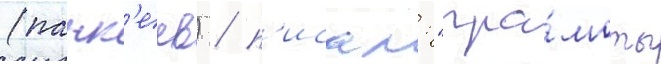
(панк'еев) / п'исал: "гра́моты